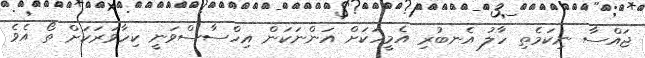
ޖައްސާ ނިކަމެތި ހާލު އެނބުރި އެމީހަކަށް އަންނަކަން އިހްސާސްވަނީ ކިހާވަރަކަށް ތޯ އެވެ